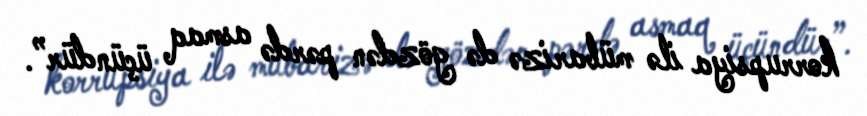
korrupsiya ilə mübarizə də gözdən pərdə asmaq üçündür”.